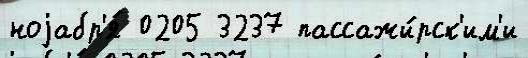
ноjабр'я́ 0205 3237 пассажи́рск'им'и